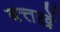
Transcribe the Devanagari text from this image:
बत्तख़ें